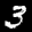
Label: 3